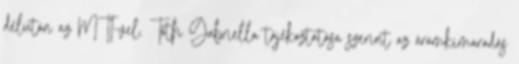
délután az MTI-vel. Tóth Gabriella tájékoztatása szerint az áramkimaradás